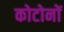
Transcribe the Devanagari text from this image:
कोटोनों